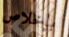
بإخلاص